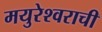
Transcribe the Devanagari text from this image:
मयुरेश्वराची